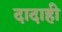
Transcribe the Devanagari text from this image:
दादाही